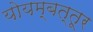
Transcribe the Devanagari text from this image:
योयम्बत्तूर